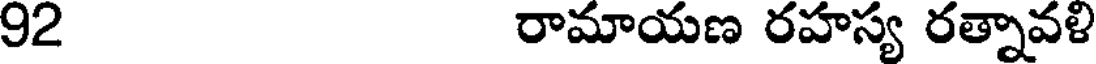
92 రామాయణ రహస్య రత్నావళి